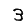
Digit: 3